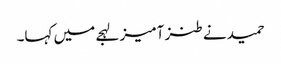
حمید نے طنز آمیز لہجے میں کہا۔